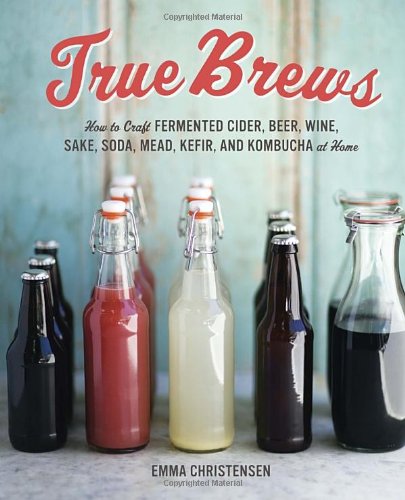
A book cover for True Brews: How to Craft Fermented Cider, Beer, Wine, Sake, Soda, Mead, Kefir, and Kombucha at Home; Emma Christensen; Cookbooks, Food & Wine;